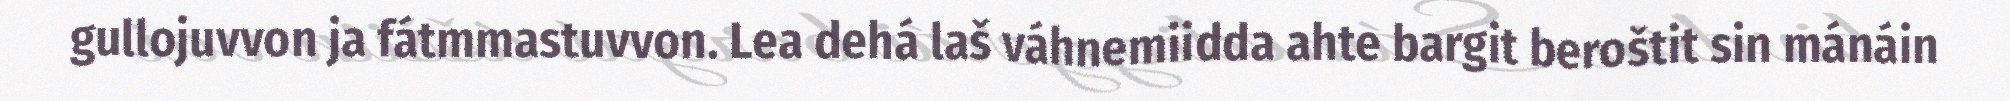
gullojuvvon ja fátmmastuvvon. Lea dehá laš váhnemiidda ahte bargit beroštit sin mánáin